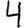
Digit: 4